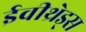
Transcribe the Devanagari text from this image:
ईवीथ्रेड्स